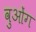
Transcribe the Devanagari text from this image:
वुओंग